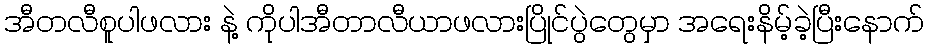
အီတလီစူပါဖလား နဲ့ ကိုပါအီတာလီယာဖလားပြိုင်ပွဲတွေမှာ အရေးနိမ့်ခဲ့ပြီးနောက်